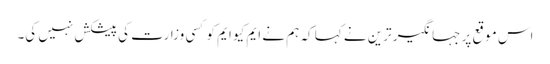
اس موقع پر جہانگیر ترین نے کہا کہ ہم نے ایم کیو ایم کو کسی وزارت کی پیشکش نہیں کی۔